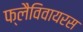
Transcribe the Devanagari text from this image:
फ्लैविवायरस